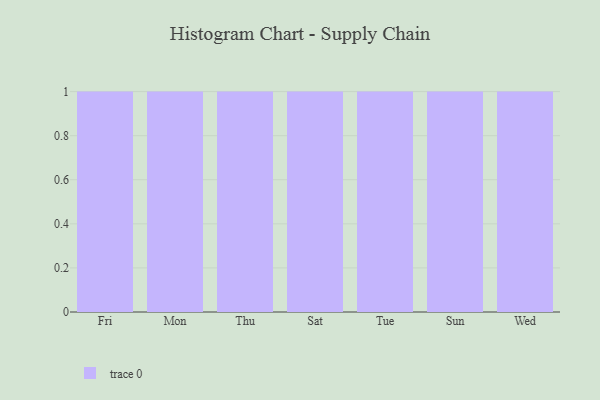
{"axis": {"x": "Day", "y": "Waste Production (Tons)"}, "legend": [""], "data": [{"x": "Fri", "y": 25, "type": ""}, {"x": "Mon", "y": 32, "type": ""}, {"x": "Thu", "y": 66, "type": ""}, {"x": "Sat", "y": 17, "type": ""}, {"x": "Tue", "y": 79, "type": ""}, {"x": "Sun", "y": 30, "type": ""}, {"x": "Wed", "y": 91, "type": ""}]}